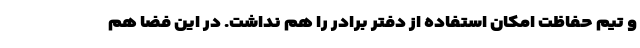
و تیم حفاظت امکان استفاده از دفتر برادر را هم نداشت. در این فضا هم